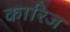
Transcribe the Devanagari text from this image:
कारिज